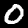
Label: 0